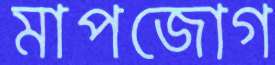
মাপজোগ